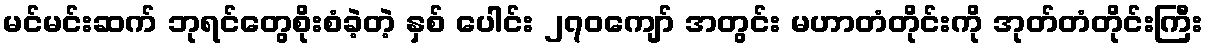
မင်မင်းဆက် ဘုရင်တွေစိုးစံခဲ့တဲ့ နှစ် ပေါင်း ၂၇၀ကျော် အတွင်း မဟာတံတိုင်းကို အုတ်တံတိုင်းကြီး